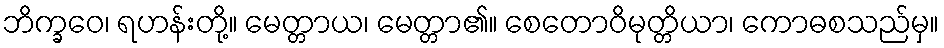
ဘိက္ခဝေ၊ ရဟန်းတို့။ မေတ္တာယ၊ မေတ္တာ၏။ စေတောဝိမုတ္တိယာ၊ ကောဓစသည်မှ။